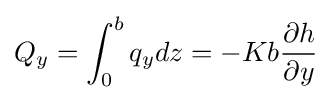
Q_{y}=\int _{0}^{b}q_{y}dz=-Kb{\frac {\partial h}{\partial y}}